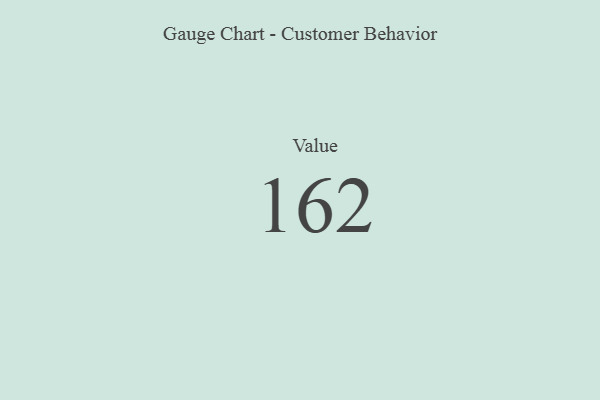
{"axis": {"x": "Metric", "y": "Value"}, "legend": [""], "data": [{"x": "Value", "y": 162, "type": ""}]}